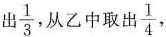
出\frac{1}{3}，从乙中取出\frac{1}{4}，